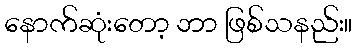
နောက်ဆုံးတော့ ဘာ ဖြစ်သနည်း။